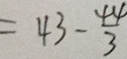
= 4 3 - \frac { 4 4 } { 3 }